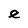
Character: e